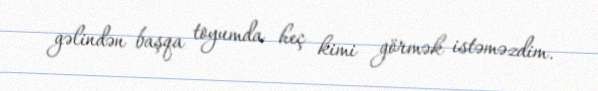
gəlindən başqa toyumda heç kimi görmək istəməzdim.